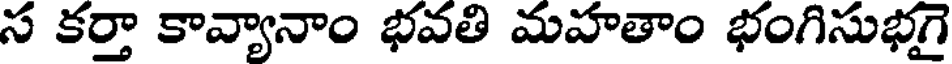
స కర్తా కావ్యానాం భవతి మహతాం భంగిసుభగై